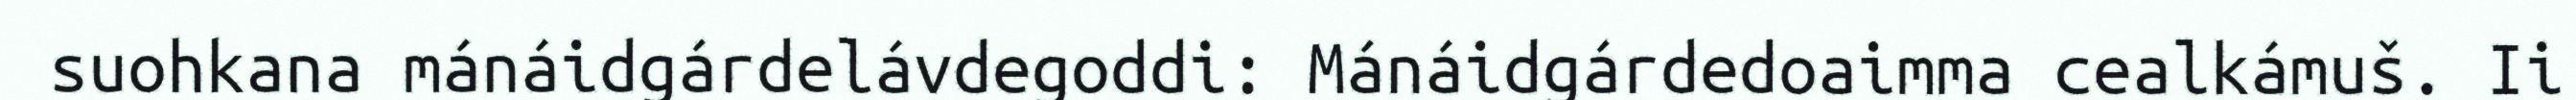
suohkana mánáidgárdelávdegoddi: Mánáidgárdedoaimma cealkámuš. Ii